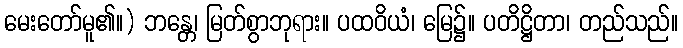
မေးတော်မူ၏။) ဘန္တေ၊ မြတ်စွာဘုရား။ ပထဝိယံ၊ မြေ၌။ ပတိဋ္ဌိတာ၊ တည်သည်။